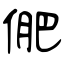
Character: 俷